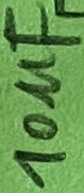
Text: 10µF